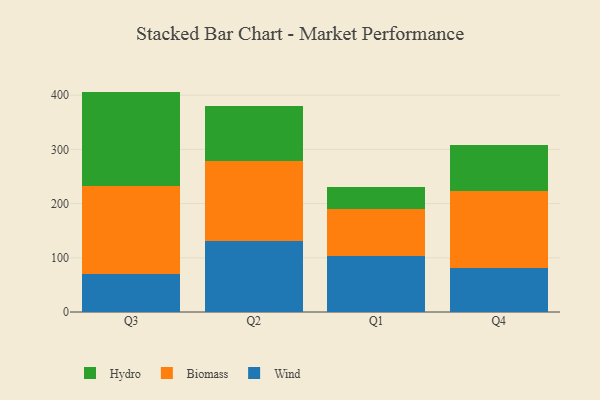
{"axis": {"x": "Quarter", "y": "Revenue (USD Million)"}, "legend": ["Biomass", "Hydro", "Wind"], "data": [{"x": "Q3", "y": 70.3, "type": "Wind"}, {"x": "Q3", "y": 162.0, "type": "Biomass"}, {"x": "Q3", "y": 174.3, "type": "Hydro"}, {"x": "Q2", "y": 130.2, "type": "Wind"}, {"x": "Q2", "y": 148.8, "type": "Biomass"}, {"x": "Q2", "y": 101.9, "type": "Hydro"}, {"x": "Q1", "y": 102.4, "type": "Wind"}, {"x": "Q1", "y": 87.9, "type": "Biomass"}, {"x": "Q1", "y": 40.5, "type": "Hydro"}, {"x": "Q4", "y": 81.9, "type": "Wind"}, {"x": "Q4", "y": 141.3, "type": "Biomass"}, {"x": "Q4", "y": 84.3, "type": "Hydro"}]}